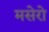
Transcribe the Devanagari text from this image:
मसेरो